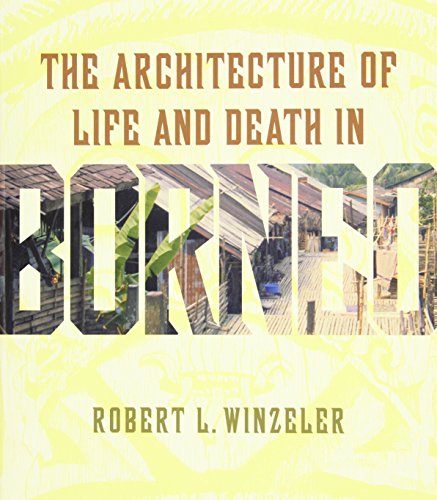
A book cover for The Architecture of Life and Death in Borneo; Robert L. Winzeler; Arts & Photography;